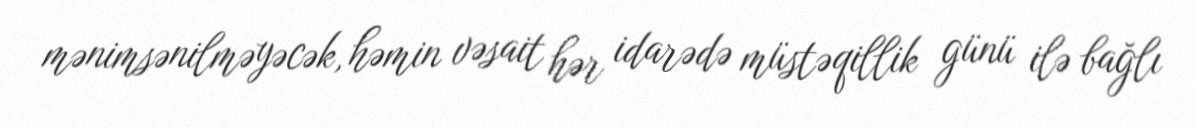
mənimsənilməyəcək, həmin vəsait hər idarədə müstəqillik günü ilə bağlı